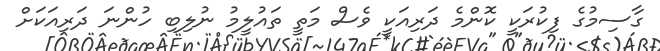
ގާސިމުގެ ފިކުރަކީ ކޮންމެ ދަރިއަކީ ވެސް މަތީ ތައުލީމު ނުލިބި ހުންނަ ދަރިއަކަށް